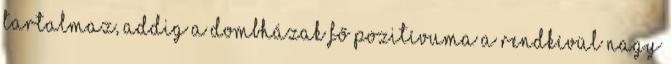
tartalmaz, addig a dombházak fő pozitívuma a rendkívül nagy